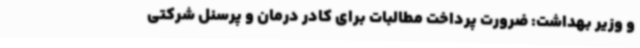
و وزیر بهداشت: ضرورت پرداخت مطالبات برای کادر درمان و پرسنل شرکتی